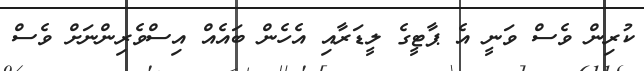
ކުރިން ވެސް ވަނީ އެ ޕާޓީގެ ލީޑަރާއި އެހެން ބައެއް އިސްވެރިންނަށް ވެސް